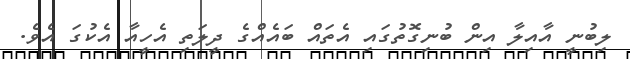
ލިބުނީ އާއިލާ އިން ބުނިގޮތުގައި އެތައް ބައެއްގެ ދީލަތި އެހީއާ އެކުގަ އެވެ.